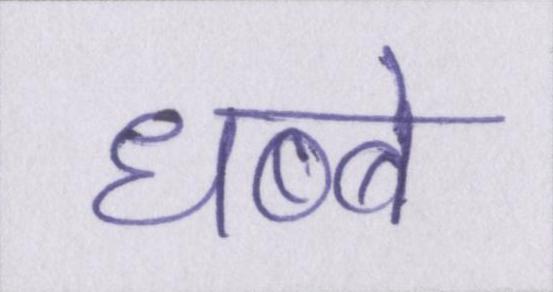
धब्बे